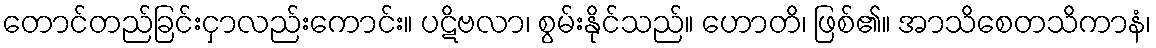
တောင်တည်ခြင်းငှာလည်းကောင်း။ ပဋိဗလာ၊ စွမ်းနိုင်သည်။ ဟောတိ၊ ဖြစ်၏။ အာသိစေတသိကာနံ၊